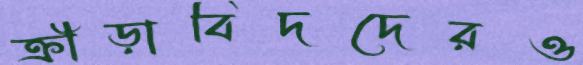
ক্রীড়াবিদদেরও